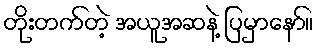
တိုးတက်တဲ့ အယူအဆနဲ့ ပြမှာနော်။